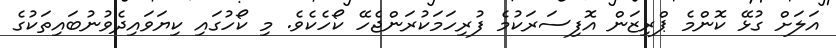
އަލަށް ގުޅޭ ކޮންމެ ޕްރިޒަން އޮފިސަރަކުމެ ފުރިހަމަކުރަންޖެހޭ ކޯހެކެވެ. މި ކޯހުގައި ކިޔަވައިދެވުނުބައިތަކުގެ